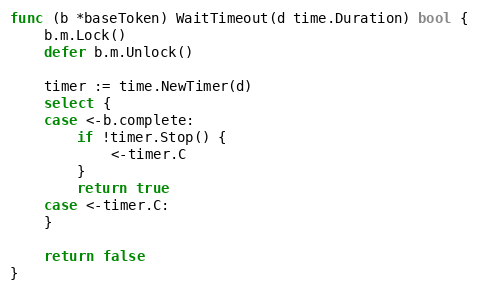
Language: Go
func (b *baseToken) WaitTimeout(d time.Duration) bool {
	b.m.Lock()
	defer b.m.Unlock()

	timer := time.NewTimer(d)
	select {
	case <-b.complete:
		if !timer.Stop() {
			<-timer.C
		}
		return true
	case <-timer.C:
	}

	return false
}